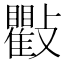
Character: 𭤒